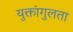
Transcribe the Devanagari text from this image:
युक्तांगुलता